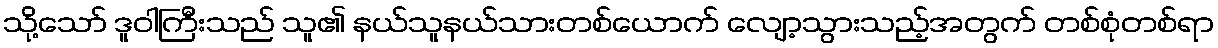
သို့သော် ဒူဝါကြီးသည် သူ၏ နယ်သူနယ်သားတစ်ယောက် လျော့သွားသည့်အတွက် တစ်စုံတစ်ရာ